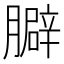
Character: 䑀